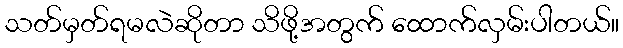
သတ်မှတ်ရမလဲဆိုတာ သိဖို့အတွက် ထောက်လှမ်းပါတယ်။